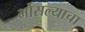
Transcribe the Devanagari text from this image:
भोसल्याचा